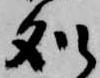
処